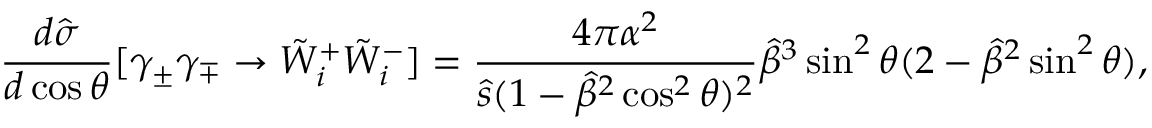
\frac { d \hat { \sigma } } { d \cos \theta } [ \gamma _ { \pm } \gamma _ { \mp } \rightarrow \tilde { W } _ { i } ^ { + } \tilde { W } _ { i } ^ { - } ] = \frac { 4 \pi \alpha ^ { 2 } } { \hat { s } ( 1 - \hat { \beta } ^ { 2 } \cos ^ { 2 } \theta ) ^ { 2 } } \hat { \beta } ^ { 3 } \sin ^ { 2 } \theta ( 2 - \hat { \beta } ^ { 2 } \sin ^ { 2 } \theta ) ,